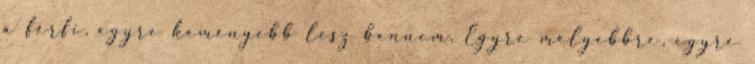
a férfi, egyre keményebb lesz bennem. Egyre mélyebbre, egyre